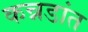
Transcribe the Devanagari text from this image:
कन्नडांत